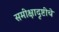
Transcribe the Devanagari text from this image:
समीक्षादृष्टीचे